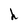
Character: h